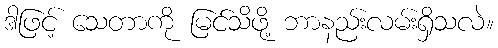
ဒါဖြင့် သေတာကို မြင်သိဖို့ ဘာနည်းလမ်းရှိသလဲ။